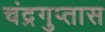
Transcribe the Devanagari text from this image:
चंद्रगुप्तास